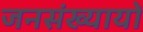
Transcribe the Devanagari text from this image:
जनसंख्यायों